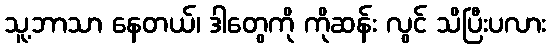
သူ့ဘာသာ နေတယ်၊ ဒါတွေကို ကိုဆန်း လွင် သိပြီးပလား